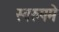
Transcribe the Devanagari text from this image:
स्वरुपमे